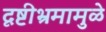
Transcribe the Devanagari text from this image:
दृष्टीभ्रमामुळे